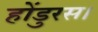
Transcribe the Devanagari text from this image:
होंडुरस।